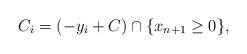
LaTeX: \begin{align*}C_i=(-y_i+ C )\cap \{x_{n+1}\ge 0\},\end{align*}